Vaccination in the Punjab 1905-1918 - 1905-1918
Year: 1905
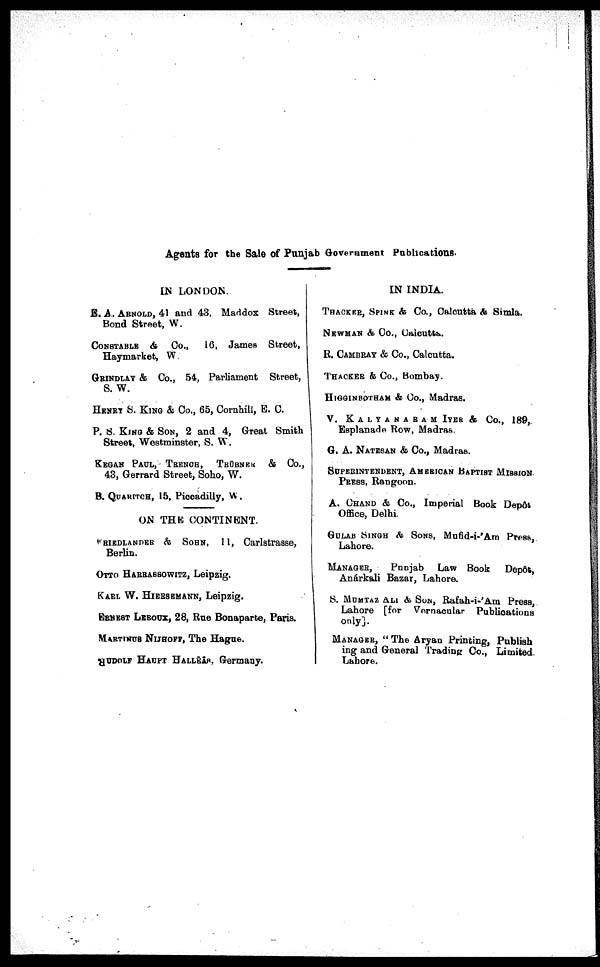
Agents for the Sale of Punjab Government Publications.
IN LONDON.
E. A. ARNOLD, 41 and 43, Maddox Street,
Bond Street, W.
CONSTABLE & Co.,
16, James Street,
Haymarket, W
GRINDLAY & Co., 54, Parliament Street,
S. W.
HENRY S. KING & Co., 65, Cornhill, E. C.
P. S. KING & SON, 2 and 4, Great Smith
Street, Westminster, S. W.
KEGAN PAUL, TRENCH, TRÜBNER & Co.,
43, Gerrard Street, Soho, W.
B. QUARITCH, 15, Piccadilly, W.
ON THE CONTINENT.
FRIEDLANDER & SOHN, 11, Carlstrasse,
Berlin.
OTTO HARRASSOWITZ, Leipzig.
KARL W. HIERSEMANN, Leipzig.
ERNEST LEROUX, 28, Rue Bonaparte, Paris.
MARTINUS NIJHOFF, The Hague.
RUDOLF HAUPT HALLĒĀS. Germany.
IN INDIA.
THACKER, SPINK & Co., Calcutta & Simla.
NEWMAN & Co., Calcutta.
R. CAMBRAY & Co., Calcutta.
THACKER & Co., Bombay.
HIGGINBOTHAM & Co., Madras.
V. KALYANARAM IYER & Co., 189,
Esplanade Row, Madras.
G. A. NATESAN & Co., Madras.
SUPERINTENDENT, AMERICAN BAPTIST MISSION.
PRESS, Rangoon.
A. CHAND & Co., Imperial Book Depôt
Office, Delhi.
GULAB SINGH & SONS, Mufid-i-'Am Press,
Lahore.
MANAGER,
Punjab Law Book
Depôt,
Anárkali Bazar, Lahore.
S. MUMTAZ ALI & SON, Rafah-i-'Am Press,
Lahore [for Vernacular Publications
only].
MANAGER, " The Aryan Printing, Publish
ing and General Trading Co., Limited
Lahore.